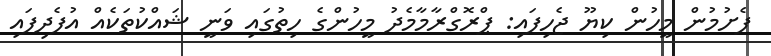
ފެށުމުން މީހުން ކިޔޫ ޖެހިފައި: ޕްރޮގްރާމާމެދު މީހުންގެ ހިތުގައި ވަނީ ޝައްކުތަކެއް އުފެދިފައި